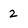
Character: 2